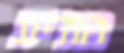
הודיע